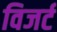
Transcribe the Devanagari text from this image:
विजर्ट